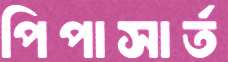
পিপাসার্ত